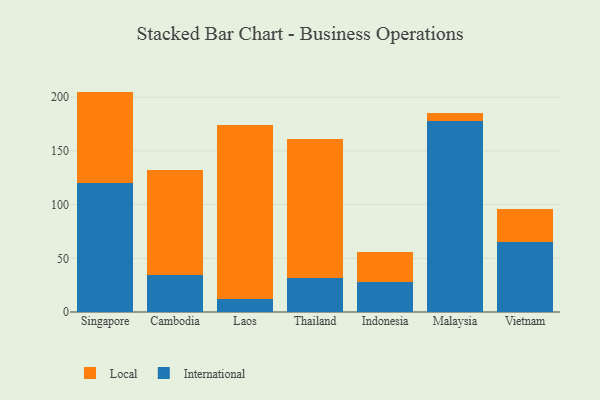
{"axis": {"x": "Country", "y": "Population (Million)"}, "legend": ["International", "Local"], "data": [{"x": "Singapore", "y": 119.7, "type": "International"}, {"x": "Singapore", "y": 85.5, "type": "Local"}, {"x": "Cambodia", "y": 34.9, "type": "International"}, {"x": "Cambodia", "y": 97.5, "type": "Local"}, {"x": "Laos", "y": 12.2, "type": "International"}, {"x": "Laos", "y": 162.1, "type": "Local"}, {"x": "Thailand", "y": 31.8, "type": "International"}, {"x": "Thailand", "y": 128.9, "type": "Local"}, {"x": "Indonesia", "y": 28.2, "type": "International"}, {"x": "Indonesia", "y": 27.6, "type": "Local"}, {"x": "Malaysia", "y": 178.2, "type": "International"}, {"x": "Malaysia", "y": 6.8, "type": "Local"}, {"x": "Vietnam", "y": 64.9, "type": "International"}, {"x": "Vietnam", "y": 30.7, "type": "Local"}]}